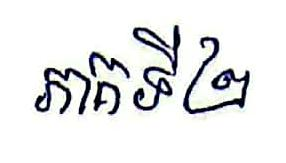
ភាគទី២